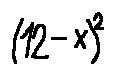
( 1 2 - x ) ^ { 2 }